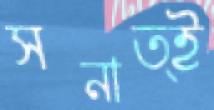
সনাত্ই